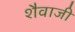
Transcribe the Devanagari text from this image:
शैवाजी